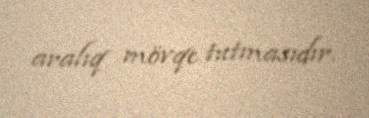
aralıq mövqe tutmasıdır.